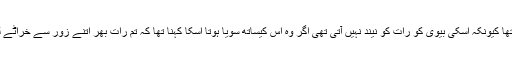
وہ سوتا بھی دوسرے کمرے میں تھا کیونکہ اسکی بیوی کو رات کو نیند نہیں آتی تھی اگر وہ اس کیساتھ سویا ہوتا اسکا کہنا تھا کہ تم رات بھر اتنے زور سے خراٹے لیتے ہو کہ میں سو ہی نہیں سکتی۔